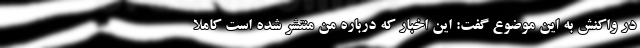
در واکنش به این موضوع گفت: این اخبار که درباره من منتشر شده است کاملا